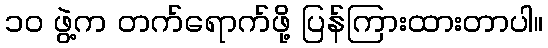
၁၀ ဖွဲ့က တက်ရောက်ဖို့ ပြန်ကြားထားတာပါ။